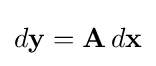
d\mathbf {y} =\mathbf {A} \,d\mathbf {x}